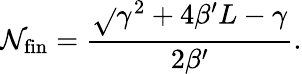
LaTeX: \mathcal{N}_{\textnormal{fin}}=\frac{{\sqrt{}{{\gamma^{2}+4\beta^{\prime}L}}-\gamma}}{{2\beta^{\prime}}}.